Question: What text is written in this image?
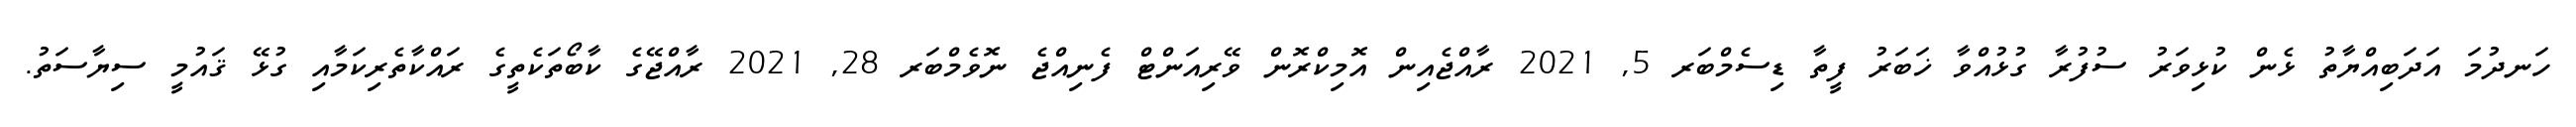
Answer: ހަނދުމަ އަދަބިއްޔާތު ޅެން ކުޅިވަރު ސުފުރާ ގުޅުއްވާ ޚަބަރު ފީތާ ޑިސެމްބަރ 5, 2021 ރާއްޖެއިން އޮމިކްރޮން ވޭރިއަންޓް ފެނިއްޖެ ނޮވެމްބަރ 28, 2021 ރާއްޖޭގެ ކާބޯތަކެތީގެ ރައްކާތެރިކަމާއި ގުޅޭ ޤައުމީ ސިޔާސަތު.